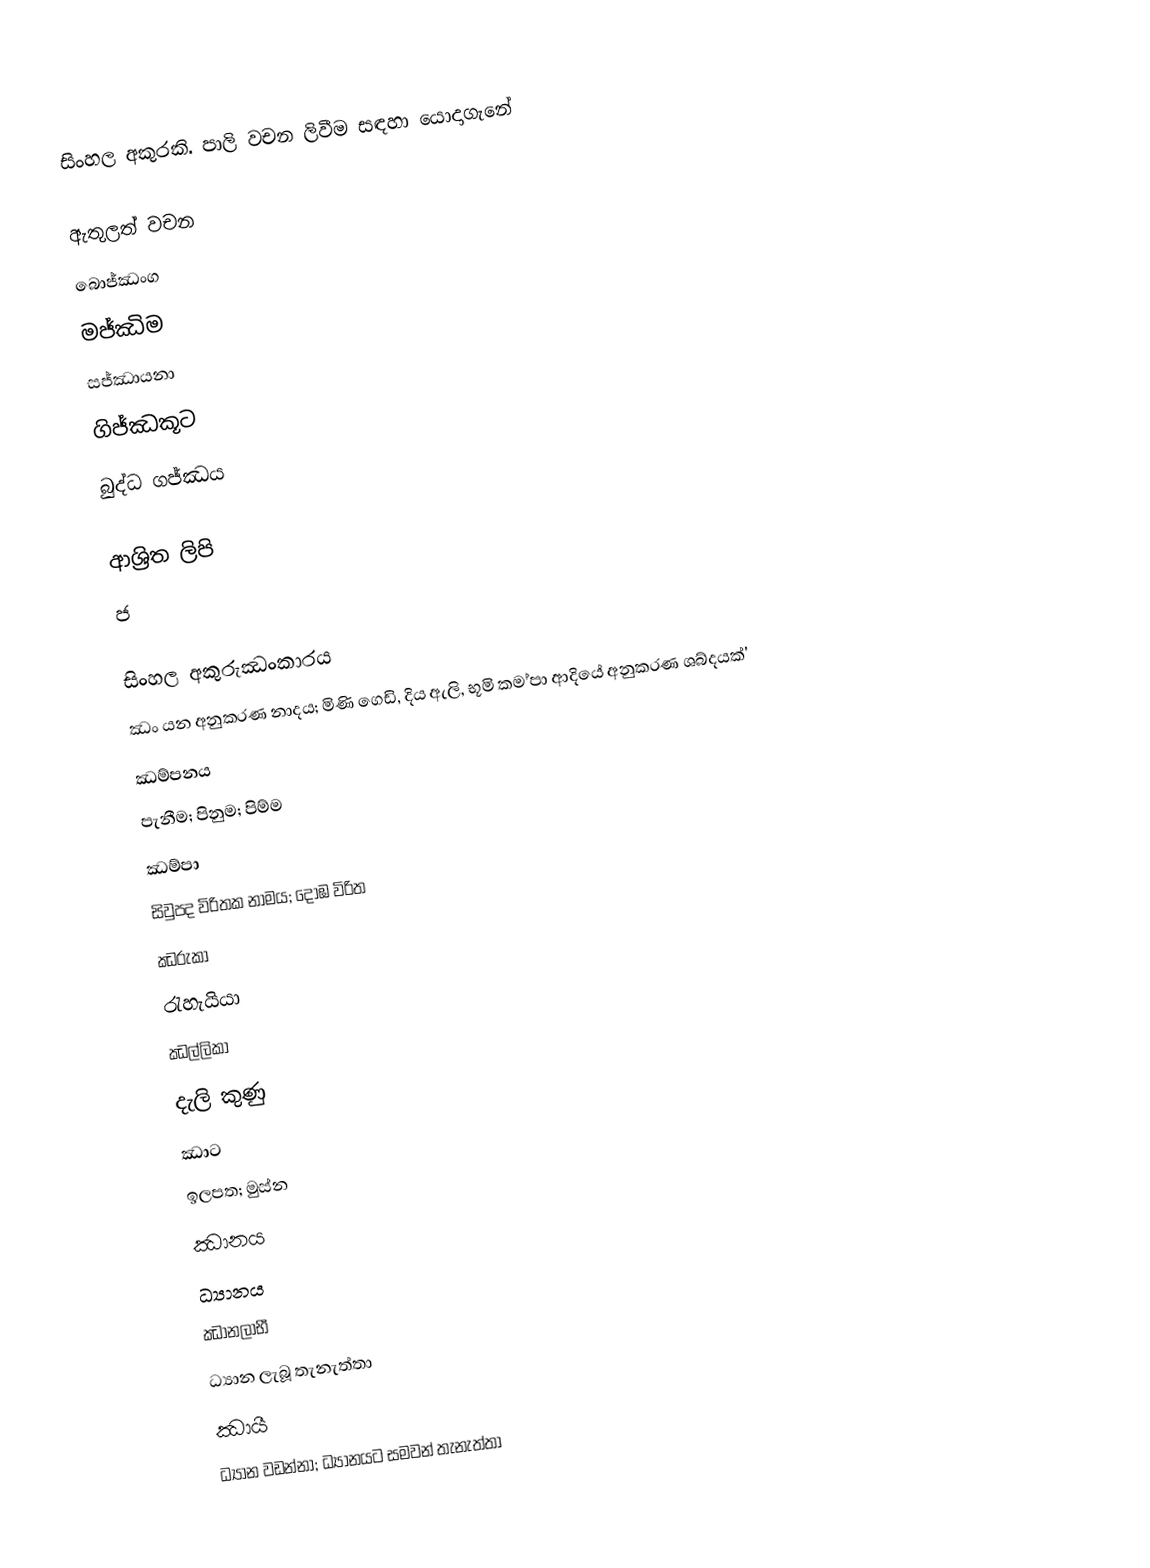
සිංහල අකුරකි. පාලි වචන ලිවීම සඳහා යොදාගැනේ

ඇතුලත් වචන
බොජ්ඣංග
මජ්ඣිම
සජ්ඣායනා
ගිජ්ඣකූට
බුද්ධ ගජ්ඣය

ආශ්‍රිත ලිපි
 ජ

සිංහල අකුරුඣංකාරය
ඣං යන අනුකරණ නාදය; මිණි ගෙඩි, දිය ඇලි, භූමි කම ්පා ආදියේ අනුකරණ ශබ්දයක්'
ඣම්පනය
පැනීම; පිනුම; පිම්ම
ඣම්පා
සිවුපද විරිතක නාමය; දොඹ විරිත
ඣරුකා
රැහැයියා
ඣල්ලිකා
දැලි කුණු
ඣාට
ඉලපත; මුස්න
ඣානය
ධ්‍යානය
ඣානලාභී
ධ්‍යාන ලැබූ තැනැත්තා
ඣායී
ධ්‍යාන වඩන්නා; ධ්‍යානයට සමවන් තැනැත්තා